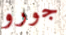
جورو